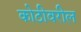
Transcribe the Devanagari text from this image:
कोठीवरील